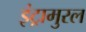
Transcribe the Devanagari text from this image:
इंट्रामुरल